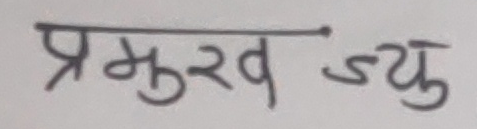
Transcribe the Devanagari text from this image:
प्रमुख ज्यु